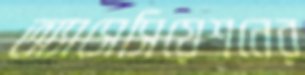
অ্যাসেসিয়েশনের